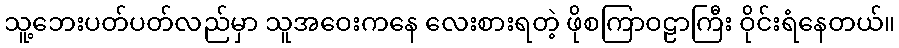
သူ့ဘေးပတ်ပတ်လည်မှာ သူအဝေးကနေ လေးစားရတဲ့ ဖိုစကြာဝဠာကြီး ဝိုင်းရံနေတယ်။